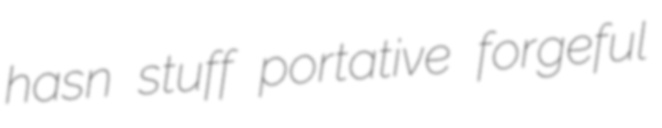
hasn stuff portative forgeful